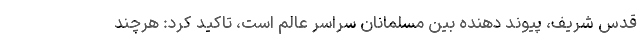
قدس شریف، پیوند دهنده بین مسلمانان سراسر عالم است، تاکید کرد: هرچند